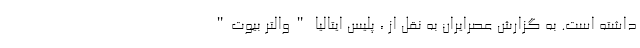
داشته است. به گزارش عصرایران به نقل از ، پلیس ایتالیا "والتر بیوت"